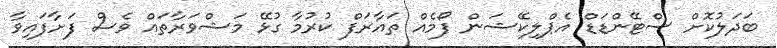
ބަދަލުކޮށް ސްޓޭންޑަޑް އެޕްލިކޭޝަން ފޯމެއް ތައާރަފް ކުރުމާ ގުޅޭ މަޝްވަރާތައް ވެސް ފަށާފައިވާ